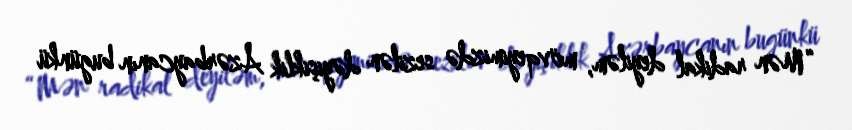
“Mən radikal deyiləm, mövqeyimizdə sezilən dəyişiklik Azərbaycanın bugünkü